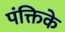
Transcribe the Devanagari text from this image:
पंक्तिके